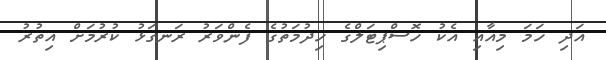
އަދި ހަމަ މިއާއި އެކު ހޮސްޕިޓަލްގެ ހިދުމަތުގެ ފެންވަރު ރަނގަޅު ކުރުމަށް އިތުރު